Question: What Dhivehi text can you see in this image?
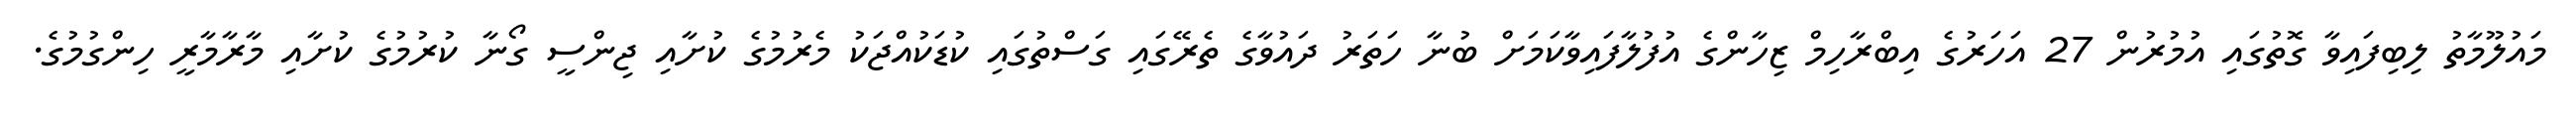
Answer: މައުލޫމާތު ލިބިފައިވާ ގޮތުގައި އުމުރުން 27 އަހަރުގެ އިބްރާހިމް ޒިހާންގެ އުފުލާފައިވާކަމަށް ބުނާ ހަތަރު ދައުވާގެ ތެރޭގައި ގަސްތުގައި ކުޑަކުއްޖަކު މެރުމުގެ ކުށާއި ޖިންސީ ގޯނާ ކުރުމުގެ ކުށާއި މާރާމާރީ ހިންގުމުގެ.